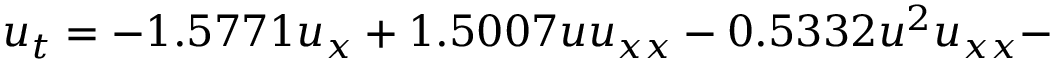
u _ { t } = - 1 . 5 7 7 1 u _ { x } + 1 . 5 0 0 7 u u _ { x x } - 0 . 5 3 3 2 u ^ { 2 } u _ { x x } -